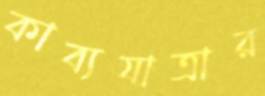
কাব্যযাত্রার